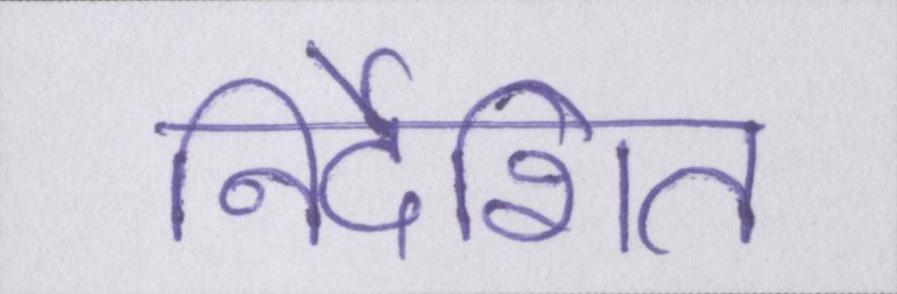
निर्देशित